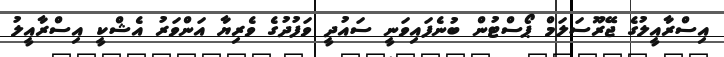
އިސްރާއީލުގެ ޖޭރޫސަލަމް ޕޯސްޓުން ބުނެފައިވަނީ ސައުދީ ވަފުދުގެ ވެރިޔާ އަންވަރު އެޝްކީ އިސްރާއީލު